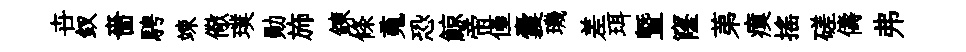
卋釵嗇騁竦儆璞勛斾錬條䰟恐鯨帝僅囊璣差珥曁窿苐瘼揺磋儔弗